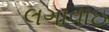
લગાવાઇ